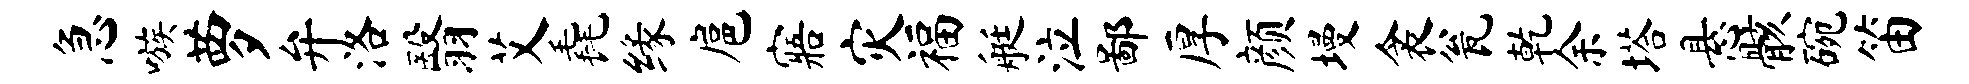
急嗾萝弁洛翳艾毳缘扈寤灾福艇泣鄙厚颜墁衾瓮乾余塔悬骸碗笛